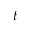
t